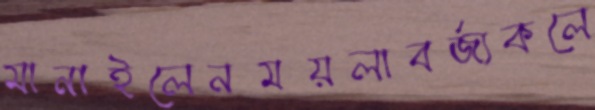
মানাইলেনময়লাবর্জ্যকলে